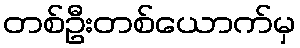
တစ်ဦးတစ်ယောက်မှ